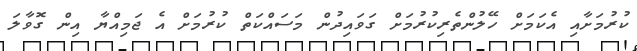
ކުރުމަށާއި އެކަމަށް ހޭލުންތެރިކުރުމަށް ގަވައިދުން މަސައްކަތް ކުރުމަށް އެ ޖަމިއްޔާ އިން ގޮވާލަ